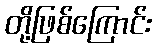
တို့ဖြစ်ကြောင်း